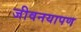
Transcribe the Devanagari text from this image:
जीवनयापण